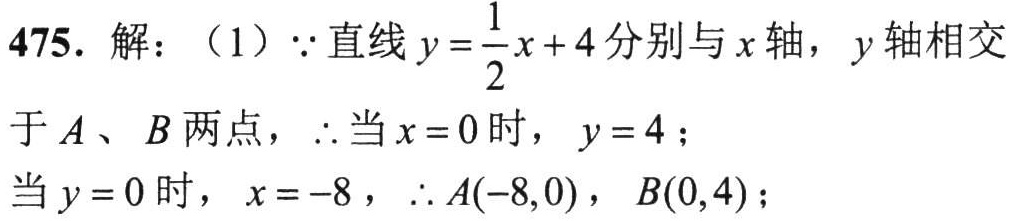
475. 解：（1）\(\because\)直线\(y = \frac{1}{2}x + 4\)分别与\(x\)轴，\(y\)轴相交于\(A\)、\(B\)两点，\(\therefore\)当\(x = 0\)时，\(y = 4\)；当\(y = 0\)时，\(x = -8\)，\(\therefore A(-8,0)\)，\(B(0,4)\)；